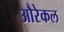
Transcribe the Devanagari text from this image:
औरेकल